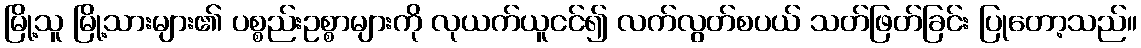
မြို့သူ မြို့သားများ၏ ပစ္စည်းဥစ္စာများကို လုယက်ယူငင်၍ လက်လွတ်စပယ် သတ်ဖြတ်ခြင်း ပြုတော့သည်။